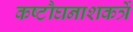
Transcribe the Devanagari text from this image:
कष्टौघनाशकर्त्रे